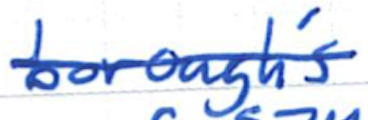
Text: borough's
Cross-out: mix
Writing tool: ballpoint